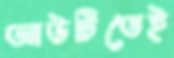
আউটিতেই